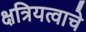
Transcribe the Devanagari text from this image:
क्षत्रियत्वाचे